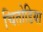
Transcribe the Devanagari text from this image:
चितोडिया